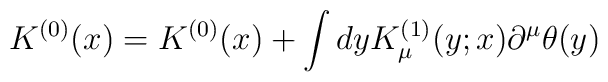
K^{(0)}(x)=K^{(0)}(x)+\int dyK^{(1)}_{\mu}(y;x)\partial^{\mu}\theta(y)